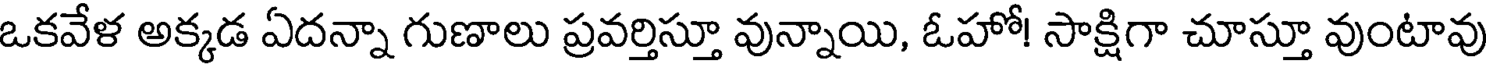
ఒకవేళ అక్కడ ఏదన్నా గుణాలు ప్రవర్తిస్తూ వున్నాయి, ఓహో! సాక్షిగా చూస్తూ వుంటావు